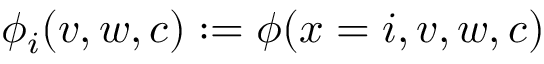
\phi _ { i } ( v , w , c ) : = \phi ( x = i , v , w , c )